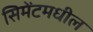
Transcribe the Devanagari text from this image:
सिमेंटमधील